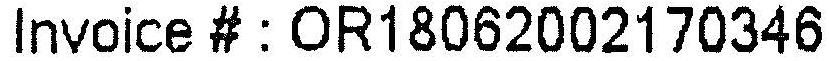
INVOICE # : OR18062002170346